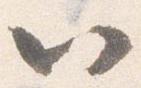
以